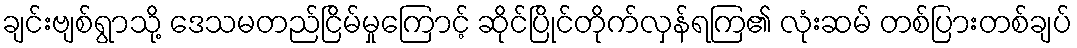
ချင်းဗျစ်ရွာသို့ ဒေသမတည်ငြိမ်မှုကြောင့် ဆိုင်ပြိုင်တိုက်လှန်ရကြ၏ လုံးဆမ် တစ်ပြားတစ်ချပ်